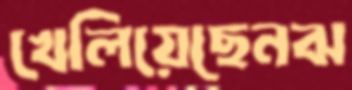
খেলিয়েছেনঝ